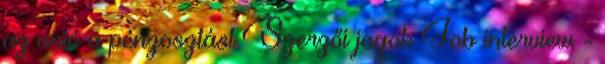
az unió a pénzosztást Szerzői jogok Job interview -